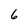
Character: 6